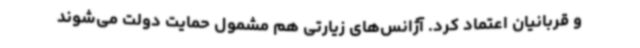
و قربانیان اعتماد کرد. آژانس‌های زیارتی هم مشمول حمایت دولت می‌شوند